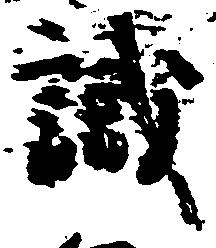
識